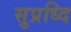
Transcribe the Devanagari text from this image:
सुप्रध्दि